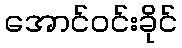
အောင်ဝင်းခိုင်